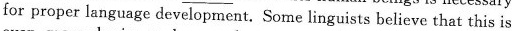
for proper language development. Some linguists believe that this is